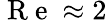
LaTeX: \mathrm{~R~e~}\approx 2